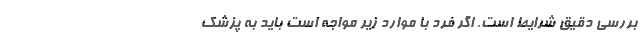
بررسی دقیق شرایط است. اگر فرد با موارد زیر مواجه است باید به پزشک